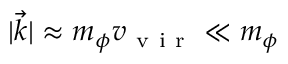
| \vec { k } | \approx m _ { \phi } v _ { \mathrm { ~ v ~ i ~ r ~ } } \ll m _ { \phi }